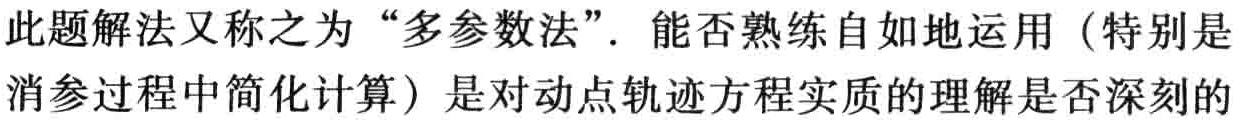
此题解法又称之为 “多参数法”. 能否熟练自如地运用（特别是消参过程中简化计算）是对动点轨迹方程实质的理解是否深刻的